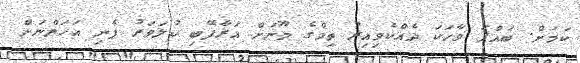
ކަމަށް. ބައްޕަ ވާހަކަ ދެއްކެވިއިރު ތިމްގެ މޫނަށް އަރާފޭބި ކުލަވަރު ފެނި އަހަންނަށް